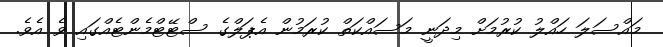
މައްސަލަ ހައްލު ކުރުމަށް މިދަނީ މަސައްކަތް ކުރަމުން އެޕަލްގެ ސްޓޭޓްމެންޓެއްގައި ވެ އެވެ.